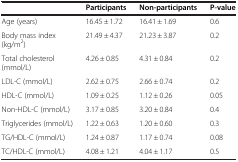
<table><thead><tr><td><b> </b></td><td><b>Participants</b></td><td><b>Non-participants</b></td><td><b>P-value</b></td></tr></thead><tbody><tr><td>Age (years)</td><td>16.45 ± 1.72</td><td>16.41 ± 1.69</td><td>0.6</td></tr><tr><td>Body mass index (kg/m<sup>2</sup>)</td><td>21.49 ± 4.37</td><td>21.23 ± 3.87</td><td>0.2</td></tr><tr><td>Total cholesterol (mmol/L)</td><td>4.26 ± 0.85</td><td>4.31 ± 0.84</td><td>0.2</td></tr><tr><td>LDL-C (mmol/L)</td><td>2.62 ± 0.75</td><td>2.66 ± 0.74</td><td>0.2</td></tr><tr><td>HDL-C (mmol/L)</td><td>1.09 ± 0.25</td><td>1.12 ± 0.26</td><td>0.05</td></tr><tr><td>Non-HDL-C (mmol/L)</td><td>3.17 ± 0.85</td><td>3.20 ± 0.84</td><td>0.4</td></tr><tr><td>Triglycerides (mmol/L)</td><td>1.22 ± 0.63</td><td>1.20 ± 0.60</td><td>0.3</td></tr><tr><td>TG/HDL-C (mmol/L)</td><td>1.24 ± 0.87</td><td>1.17 ± 0.74</td><td>0.08</td></tr><tr><td>TC/HDL-C (mmol/L)</td><td>4.08 ± 1.21</td><td>4.04 ± 1.17</td><td>0.5</td></tr></tbody></table>